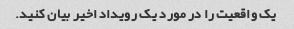
یک واقعیت را در مورد یک رویداد اخیر بیان کنید.